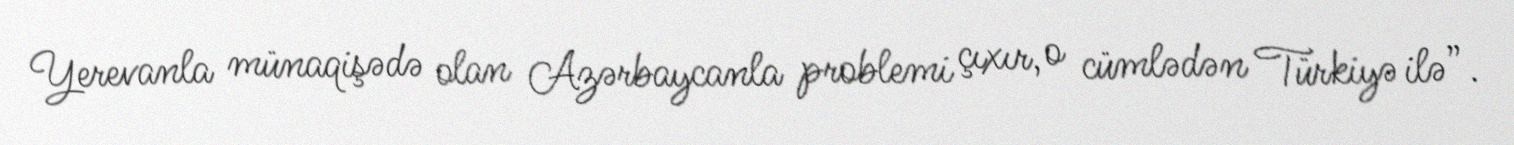
Yerevanla münaqişədə olan Azərbaycanla problemi çıxır, o cümlədən Türkiyə ilə”.